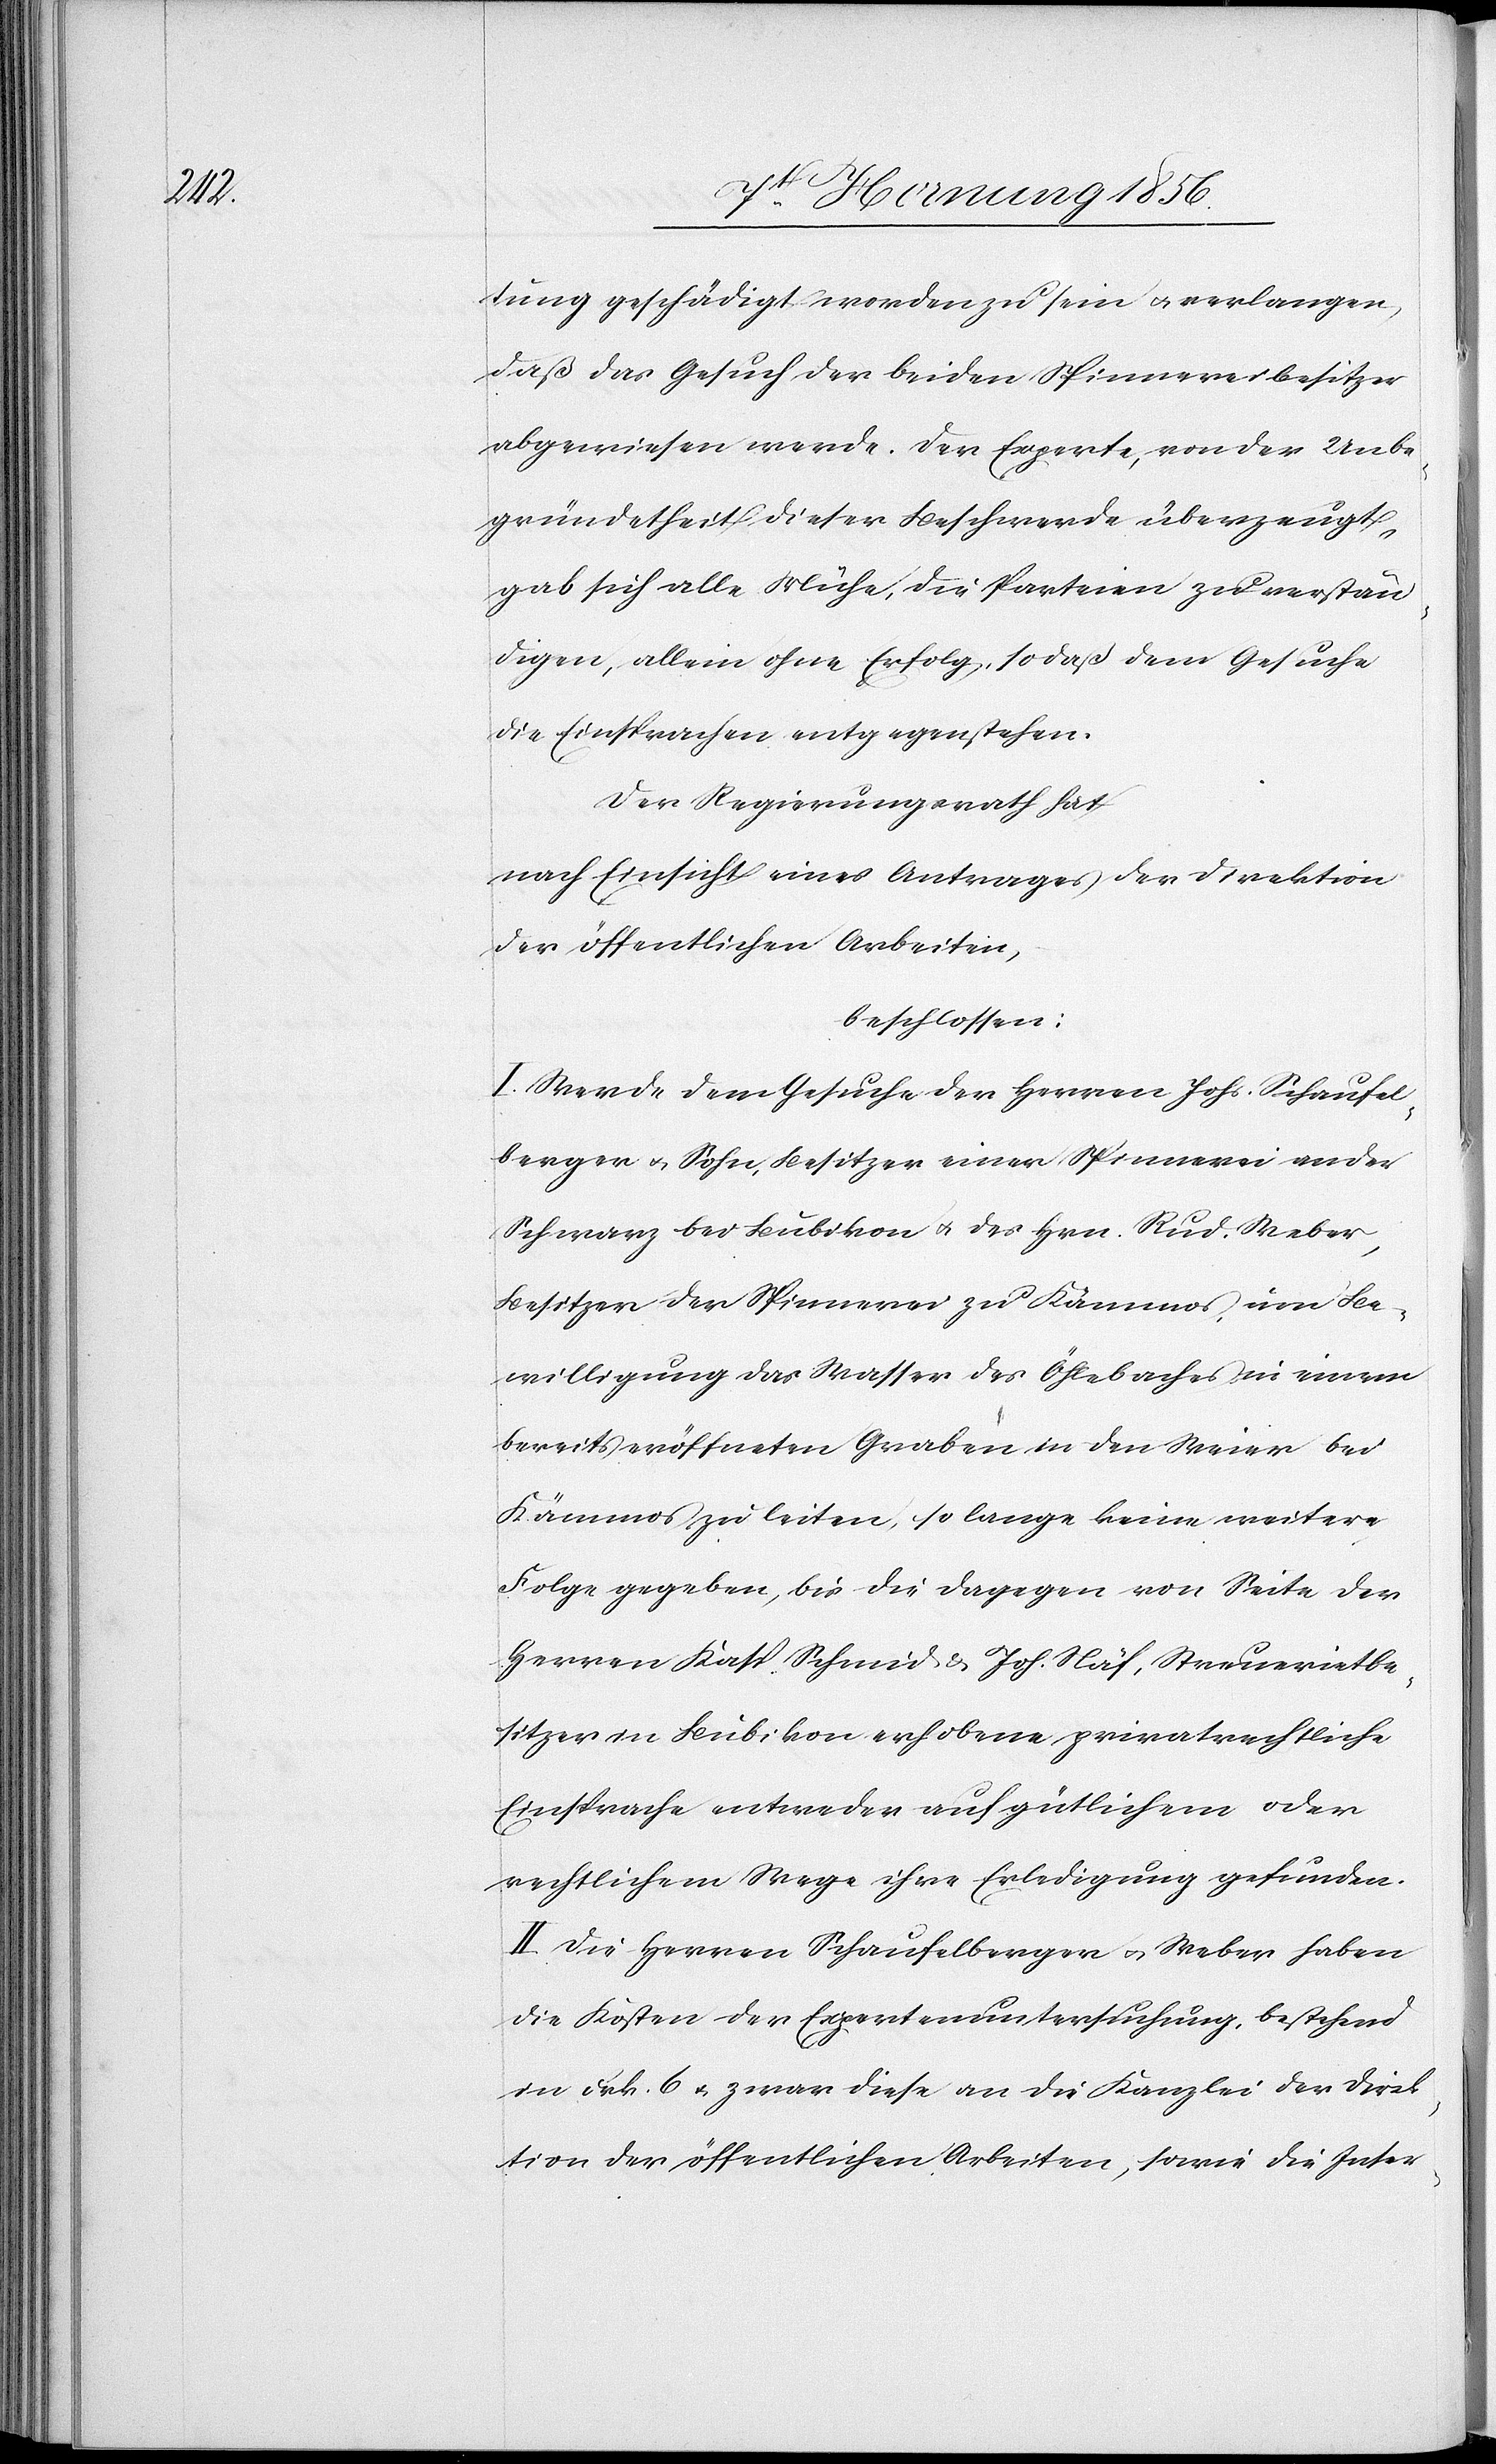
tung geschädigt worden zu sein u. verlangen,
daß das Gesuch der beiden Spinnereibesitzer
abgewiesen werde. Der Experte, von der Unbe¬
gründetheit dieser Beschwerde überzeugt,
gab sich alle Mühe, die Parteien zu verstän¬
digen, allein ohne Erfolg, sodaß dem Gesuche
die Einsprachen entgegenstehen.
Der Regierungsrath hat
nach Einsicht eines Antrages der Direktion
der öffentlichen Arbeiten,
beschlossen:
I. Werde dem Gesuche der Herren Joh. Schaufel¬
berger u. Sohn, Besitzer einer Spinnerei an der
Schwarz bei Bubikon u. des Hrn. Rud. Weber,
Besitzer der Spinnerei zu Kämmos, um Be¬
willigung das Wasser des Öhlebaches in einem
bereits eröffneten Graben in den Weier bei
Kämmos zu leiten, so lange keine weitere
Folge gegeben, bis die dagegen von Seite der
Herren Kasp. Schmid & Joh. Näf, Streuerietbe¬
sitzer in Bubikon erhobene privatrechtliche
Einsprache entweder auf gütlichem oder
rechtlichem Wege ihre Erledigung gefunden.
II. Die Herren Schaufelberger u. Weber haben
die Kosten der Expertenuntersuchung, bestehend
in Frk. 6 u. zwar diese an die Kanzlei der Direk¬
tion der öffentlichen Arbeiten, sowie die Inser-